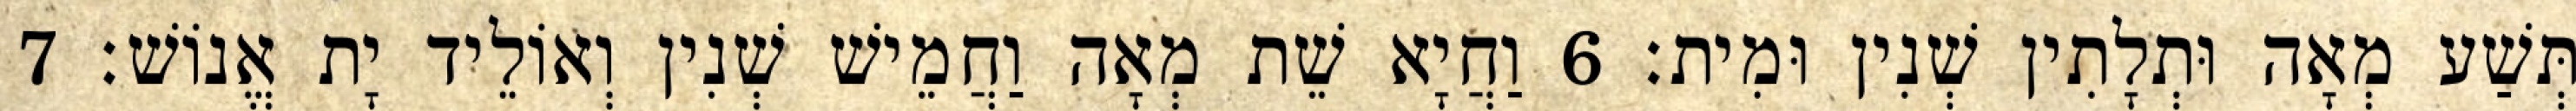
תְּשַׁע מְאָה וּתְלָתִין שְׁנִין וּמִית׃ 6 וַחֲיָא שֵׁת מְאָה וַחֲמֵישׁ שְׁנִין וְאוֹלֵיד יָת אֱנוֹשׁ׃ 7